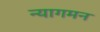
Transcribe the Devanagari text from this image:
न्यागमन